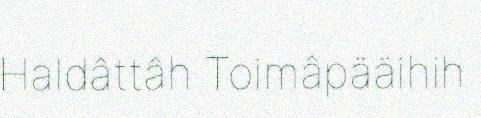
Haldâttâh Toimâpääihih